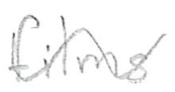
Text: films
Cross-out: wave
Writing tool: pencil